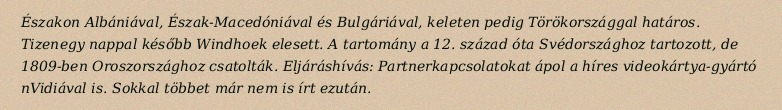
Északon Albániával, Észak-Macedóniával és Bulgáriával, keleten pedig Törökországgal határos. Tizenegy nappal később Windhoek elesett. A tartomány a 12. század óta Svédországhoz tartozott, de 1809-ben Oroszországhoz csatolták. Eljáráshívás: Partnerkapcsolatokat ápol a híres videokártya-gyártó nVidiával is. Sokkal többet már nem is írt ezután.